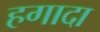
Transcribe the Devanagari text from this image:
हगादा